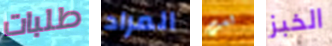
طلبات المراد لست الخبز